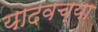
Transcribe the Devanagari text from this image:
यादवच्या